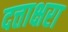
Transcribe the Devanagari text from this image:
दत्ताक्षरा